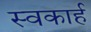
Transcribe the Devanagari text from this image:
स्वकार्ह